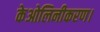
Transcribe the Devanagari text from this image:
केओलिनीकरण।